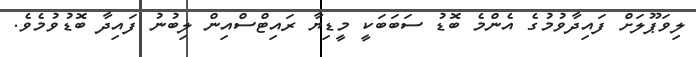
ލިވަޕޫލަށް ފައިދާވުމުގެ އެންމެ ބޮޑު ސަބަބަކީ މީޑިޔާ ރައިޓްސްއިން ލިބުނު ފައިދާ ބޮޑުވުމެވެ.